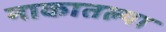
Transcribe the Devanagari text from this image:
नाकातल्या